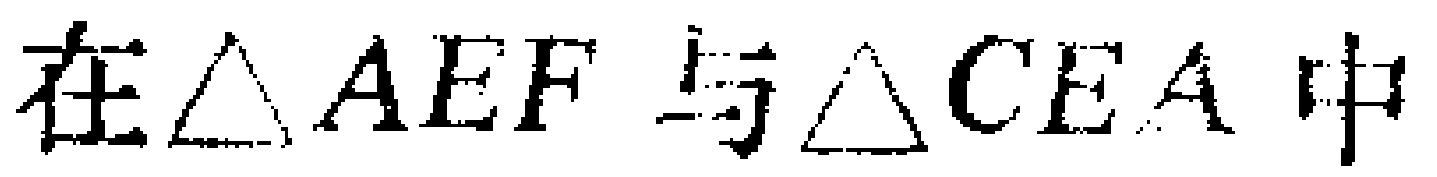
在$\triangle AEF$与$\triangle CEA$中